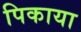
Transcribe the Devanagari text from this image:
पिकाया